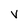
Character: V